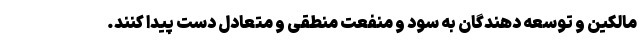
مالکین و توسعه دهندگان به سود و منفعت منطقی و متعادل دست پیدا کنند.